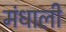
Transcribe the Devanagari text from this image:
मंधाली